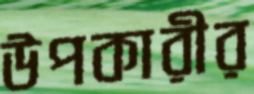
উপকারীর